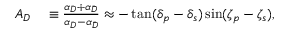
\begin{array} { r l } { A _ { D } } & { { } \equiv \frac { \alpha _ { D } + \alpha _ { \bar { D } } } { \alpha _ { D } - \alpha _ { \bar { D } } } \approx - \tan ( \delta _ { p } - \delta _ { s } ) \sin ( \zeta _ { p } - \zeta _ { s } ) , } \end{array}